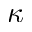
\boldsymbol { \kappa }